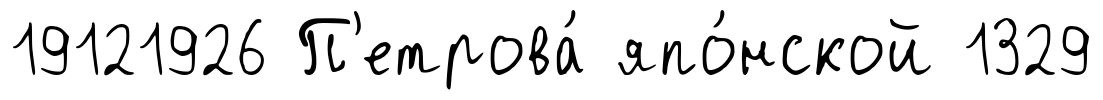
19121926 П'етрова́ япо́нской 1329